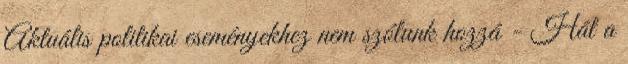
Aktuális politikai eseményekhez nem szólunk hozzá - Hát a